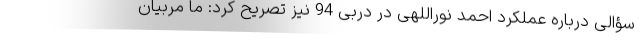
سؤالی درباره عملکرد احمد نوراللهی در دربی 94 نیز تصریح کرد: ما مربیان